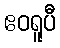
ဧဝရူပီ